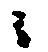
候